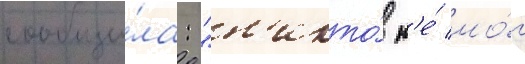
сообщи́ла: "н'икто́ н'е́ мо́г